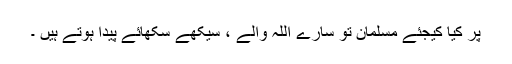
پر کیا کیجئے مسلمان تو سارے اللہ والے ، سیکھے سکھائے پیدا ہوتے ہیں ۔